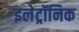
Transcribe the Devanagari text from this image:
इलेट्रॉनिक